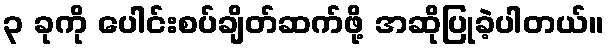
၃ ခုကို ပေါင်းစပ်ချိတ်ဆက်ဖို့ အဆိုပြုခဲ့ပါတယ်။